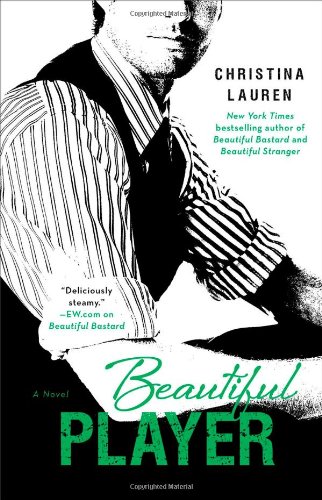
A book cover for Beautiful Player; Christina Lauren; Romance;